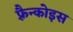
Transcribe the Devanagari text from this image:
फ़्रैन्कोइस